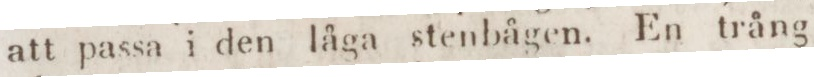
att passa i den låga stenbågen. En trång